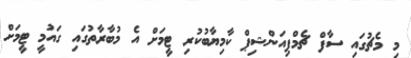
މި މެޗުގައި ސާފް ޗެމްޕިއަންޝިޕް ކާމިޔާބުކުރި ޓީމަށް އެ މުބާރާތުގައި ގައުމީ ޓީމަށް